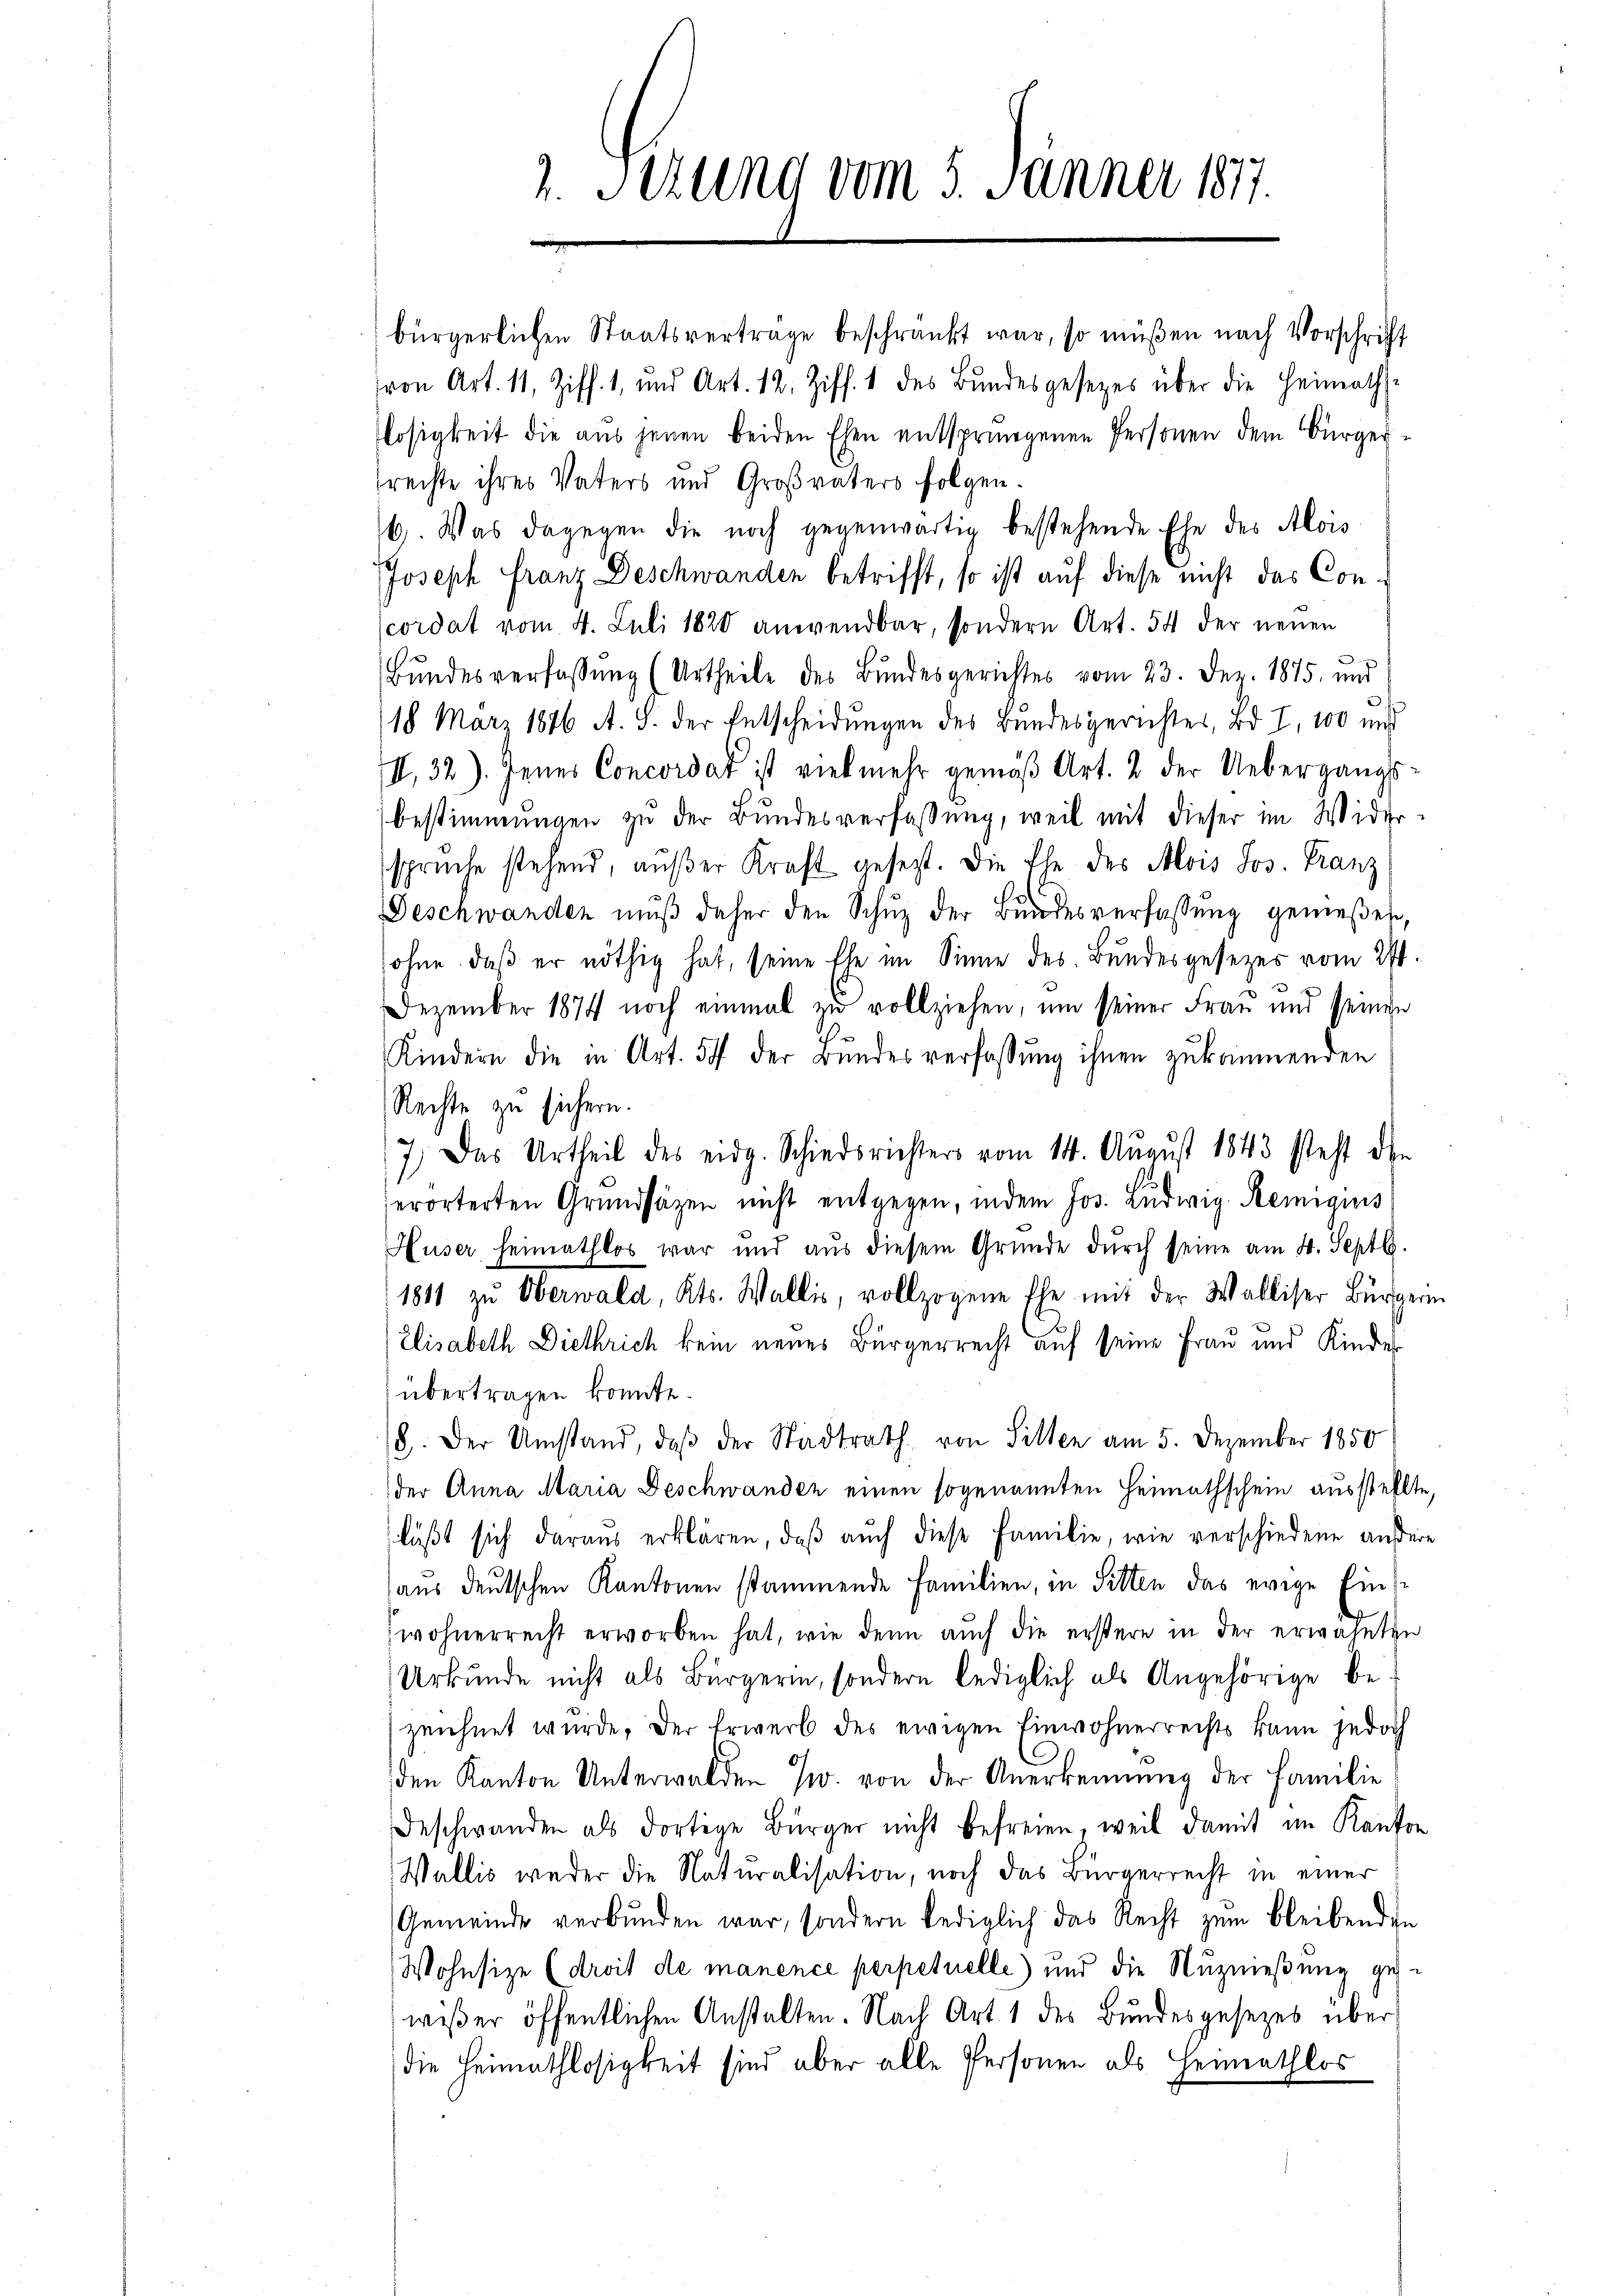
1. Serung vom 5. Jänner 1877.

bürgerlichen Staatsvertrage beschränkt war, so müßen nach Vorschrift
von Art. 11, Ziff. 1, und Art. 12. Ziff. 1 des Bŭndesgesezes über die Heimath-
losigkeit die aus jenen beiden Ehen entspringenen Personen dem Bürgersrechte ihres Vaters und Großvaters folgen.
/6. Was dagegen die noch gegenwärtig bestehende Ehe des Alois
Joseph Franz Deschwanden betrifft, so ist auf diese nicht das Concordat vom 4. Juli 1828 anwendbar, sondern Art. 54 der neuen
Bundesverfassung (Urtheile des Bundesgerichtes vom 23. Dez. 1875, und
)
18. März 1876 A. S. der Entscheidungen des Bundesgerichtes, Bd. I, 100 und
II., 32). Jenes Concordat ist vielmehr gemäß Art. 2 der Uebergangs
bestimmungen zu der Bundesverfassung, weil mit dieser im Wider-
sprüche stehend, außer Kraft gesezt. Die Ehe des Alois Jos. Franz
d
Geschwanden mŭβ daher den Schŭz der Bundesverfassung gemeßen,
sohne, daβ er nöthig hat, seine Ehe im Sinne des Bundesgesetzes vom 27t.
Dezember 1874 noch einmal zu vollziehen, um seiner Frau und seinen
Kindern die in Art. 54 der Bŭndesverfassŭng ihnen zukommenden
Rechte zu sichern.
7.) Das Urtheil des eidg. Schiedsrichters vom 14. August 1843 steht den
erörterten Grŭndsätzen nicht entgegen, indem Jos. Ludwig Semiquis
Huser heimathlos war und aŭs diesem Gründe dŭrch seine am 4. Septb.
1811 zu Oberwald, Kts. Wallis, vollzogene Ehe mit der Walliser Bürgeri
Elisabeth Diethrich kein neues Bürgerrecht auf seine Frau und Kindesübertragen konnte.
8. Der Umstand, daβ der Stadtrath von Sitten am 5. Dezember 1850
der Anna Maria Beschwanden einen sogenannten Heimathschein ausstellte,
läßt sich daraus erklären, daß auch diese Familie, wie verschiedene äußere
aus deutschen Kantonen stammende Familien, in Sitten das ewige Eins
wohnerrecht erworben hat, wie denn auch die erstere in der erwähnten
Urkunde nicht als Bürgerin, sondern lediglich als Angehörige bezeichnet wurde. Der Erwerb des ewigen Einwohnerrechts kann jedoch
den Kanton Unterwalden J. von der Anerkennung der Familie
Beschwanden als dortige Bürger nicht befreien, weil damit im Kanton
Wallis weder die Naturalisation, noch das Bürgerrecht in einer
Gemeinde verbunden war, sondern lediglich das Recht zum bleibenden
Wohnsize (droit de manence perpetuelle) und die Nuznießung gewißer öffentlichen Anstalten. Nach Art. 1 des Bundesgesetzes über
die Heimathlosigkeit sind aber alle Personen als Heimathlos